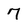
Character: 7